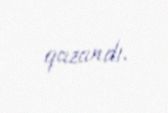
qazandı.